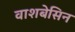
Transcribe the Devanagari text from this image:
वाशबेसिन